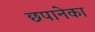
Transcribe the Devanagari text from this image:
छपानेका